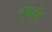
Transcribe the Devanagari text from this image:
बधाई।